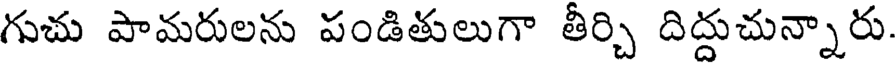
గుచు పామరులను పండితులుగా తీర్చి దిద్దుచున్నారు.